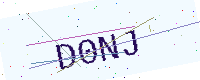
Text: D0NJ